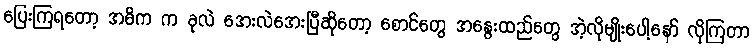
ပြေးကြရတော့ အဓိက က ခုလဲ အေးလဲအေးပြီဆိုတော့ စောင်တွေ အနွေးထည်တွေ အဲ့လိုမျိုးပေါ့နော် လိုကြတာ